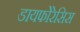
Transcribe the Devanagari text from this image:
डायफोरेसिस